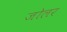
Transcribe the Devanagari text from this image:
जोलर